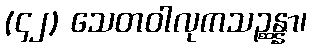
(၄၂) သေတဝါလုကသဉ္ဆန္နာ၊